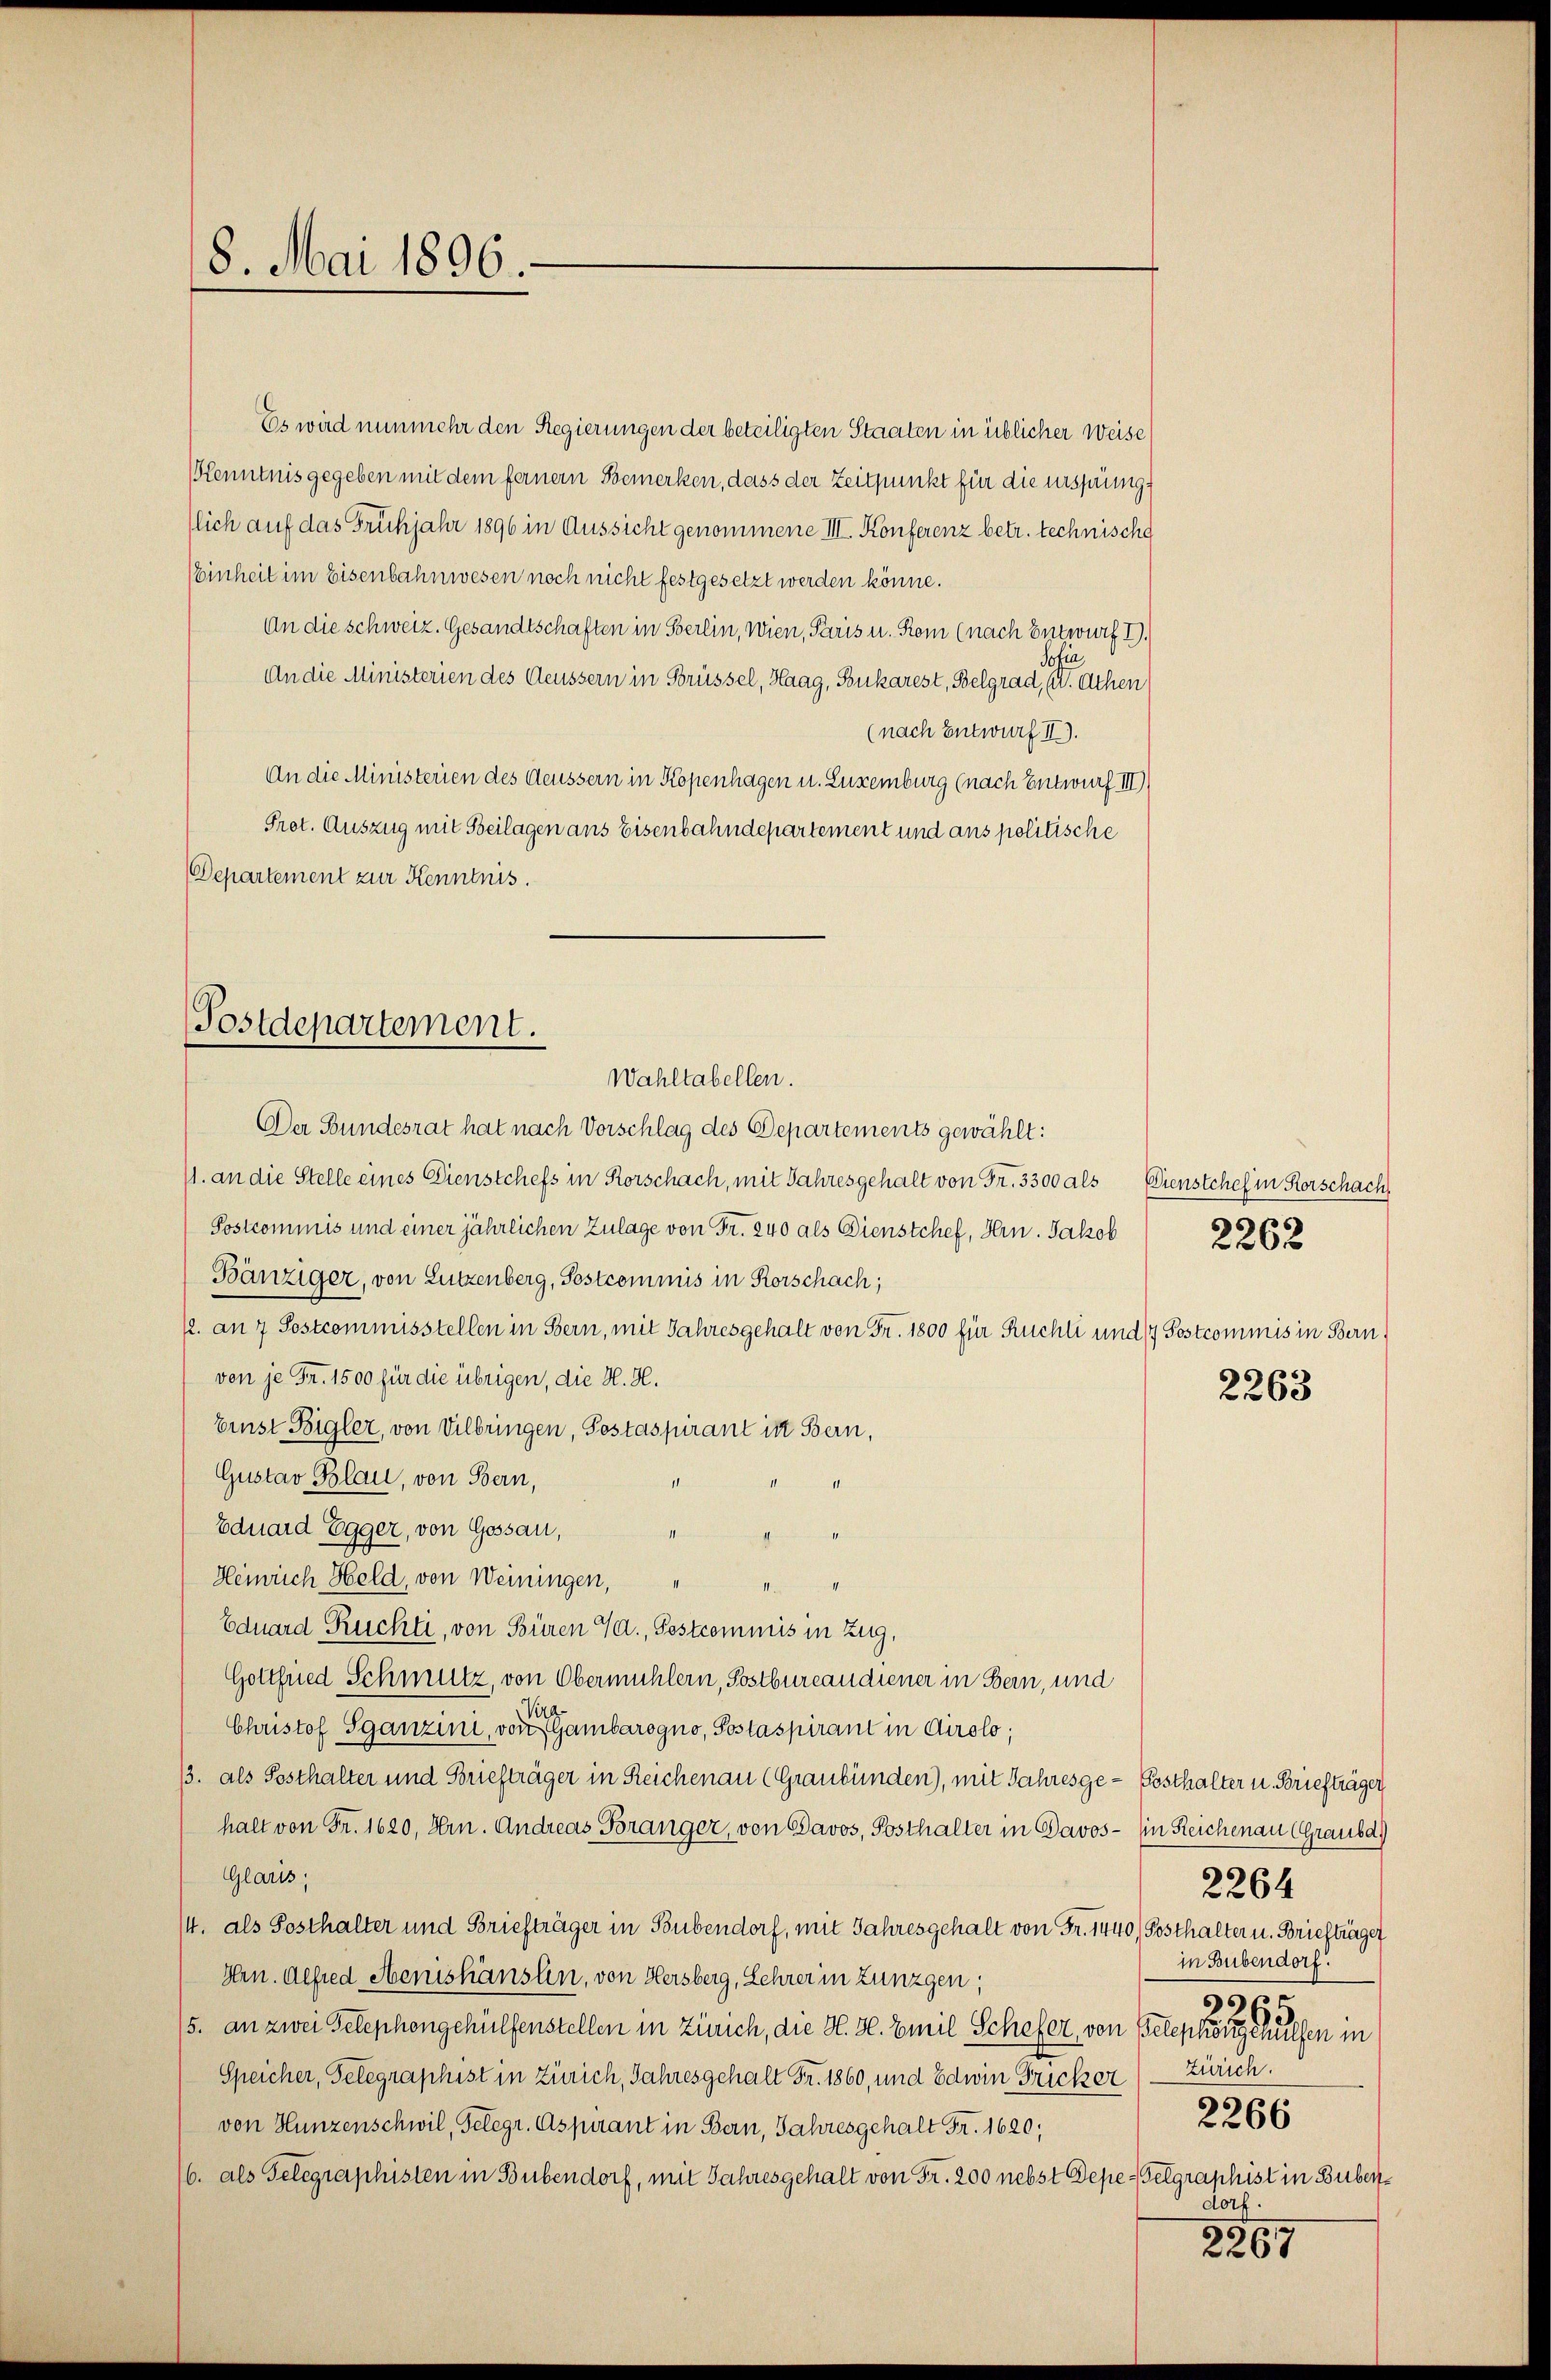
8. Mai 1896.

Es wird nunmehr den Regierungen der beteiligten Staaten in üblicher Weise
Kenntnis gegeben mit dem ferner Bemerken, dass der Zeitpunkt für die ursprünglich auf das Frühjahr 1896 in Aussicht genommene III. Konferenz betr. technische
Einheit im Eisenbahnwesen noch nicht festgesetzt werden könne.
An die schweiz. Gesandtschaften in Berlin, wien, Paris u. Rom (nach Entwurf I.
tia
An die Ministerien des Aeussern in Brüssel, Haag, Boukarest, Belgrad, (u. Achen
(nach Entwurf II).
An die Ministerien des Aeussern in Kopenhagen u. Luxenburg (nach Entwurf III
Prot. Auszug mit Beilagen ans Eisenbahndepartement und ans politische
Departement zur Kenntnis
Postdepartement.

Wahltabellen.

Der Bundesrat hat nach Vorschlag des Departements gewählt:
11. an die Stelle eines Dienstchefs in Rorschach, mit Jahresgehalt von Fr. 3300 als Dienstchef in Rorschach
Postcommis und einer jährlichen Zulage von Fr. 240 als Dienstchef, Hrn. Jakob
Bänziger, von Lutzenberg, Sostcommis in Rorschach;
12. an 7 Postcommisstellen in Bern, mit Jahresgehalt von Fr. 1800 für Ruchli und 17 Postcommis in Bern,
von je Fr. 1500 für die übrigen, die H. H.
Einst Bigler, von Vilbringen, Postaspirant in Bern,
Gustav Blau, von Bern,
i
Eduard Egger, von Gossau,
1
Heinrich Held, von Weiningen,
Eduard Ruchti, von Büren 1., Pestcommis in Zug,
Gottfried Schmutz, von Obermühlern, Postbureaudiener in Bern, und
Christof Sganzini, von Sambarogno, Postaspirant in Airolo,
33. als Posthalter und Briefträger in Reichenau (Graubünden), mit Jahresge-Posthalter u. Briefträger
halt von Fr. 1620, Hrn. Andreas Boranger, von Davos, Posthalter in Davos- in Reichenau (Graubd
Glaris,
2264
14. als Posthalter und Briefträger in Bubendorf, mit Jahresgehalt von Fr. 1440/ Posthalter u. Briefträger
in Bubendorf.
Hrn. Alfred Hemishäuslen, von Hersberg, Lehrer in Zünzgen,
3965
/5. an zwei Telephongehülfenstellen in Zürich, die H. H. Emil Schefer, von Telephonie hülfen in
Speicher, Telegraphist in Zürich, Jahresgehalt Fr. 1860, und Edwin Fricker (Zürich.
2266
von Hunzenschwil, Telegr. Aspirant in Bern, Jahresgehalt Fr. 1620;
6. als Gelegraphisten in Bubendorf, mit Jahresgehalt von Fr. 200 nebst Depe-Gelgraphist in Buberdorf.
2267

2262

2263